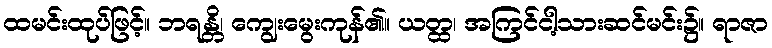
ထမင်းထုပ်ဖြင့်။ ဘရန္တိ၊ ကျွေးမွေးကုန်၏။ ယတ္ထ၊ အကြင်ငါ့သားဆင်မင်း၌။ ရာဇာ